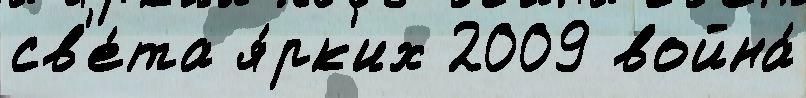
св'е́та я́рк'их 2009 война́